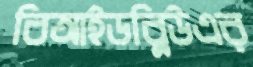
বিআইডব্লিউএর